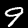
Digit: 9